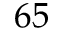
6 5